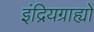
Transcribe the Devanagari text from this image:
इंद्रियग्राह्यों